Madras plague regulations and rules for the city of Madras
Disease focus: Plague
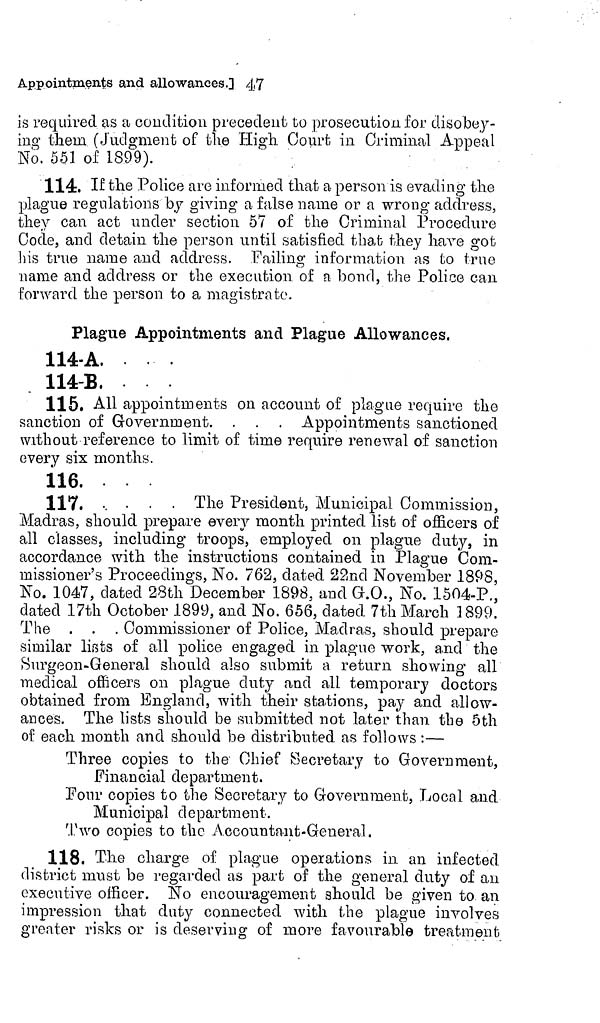
Appointments and allowances.] 47
is required as a condition precedent to prosecution for disobey-
ing them (Judgment of the High Court in Criminal Appeal
No. 551 of 1899).
114. If the Police are informed that a person is evading the
plague regulations by giving a false name or a wrong address,
they can act under section 57 of the Criminal Procedure
Code, and detain the person until satisfied that they have got
his true name and address. Failing information as to true
name and address or the execution of a bond, the Police can
forward the person to a magistrate.
Plague Appointments and Plague Allowances,
114-A
114-B,
115. All appointments on account of plague require the
sanction of Government. . . . Appointments sanctioned
without reference to limit of time require renewal of sanction
every six months.
116.
117.
. • • • The President, Municipal Commission,
Madras, should prepare every month printed list of officers of
all classes, including troops, employed on plague duty, in
accordance with the instructions contained in Plague Com-
missioner's Proceedings, No. 762, dated 22nd November 1898,
No, 1047, dated 28th December 1898, and G.O., No. 1504-P.,
dated 17th October 1899, and No. 656, dated 7th March 1899.
The . . . Commissioner of Police, Madras, should prepare
similar lists of all police engaged in plague work, and the
Surgeon-General should also submit a return showing all
medical officers on plague duty and all temporary doctors
obtained from England, with their stations, pay and allow-
ances. The lists should be submitted not later than the 5th
of each month and should be distributed as follows :—
Three copies to the Chief Secretary to Government,
Financial department.
Pour copies to the Secretary to Government, Local and
Municipal department.
Two copies to the Accountant-General.
118. The charge of plague operations in. an infected
district must be regarded as part of the general duty of an
executive officer. No encouragement should be given to an
impression that duty connected with the plague involves
greater risks or is deserving of more favourable treatment